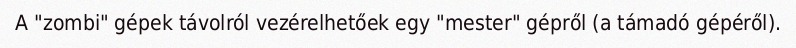
A "zombi" gépek távolról vezérelhetőek egy "mester" gépről (a támadó gépéről).